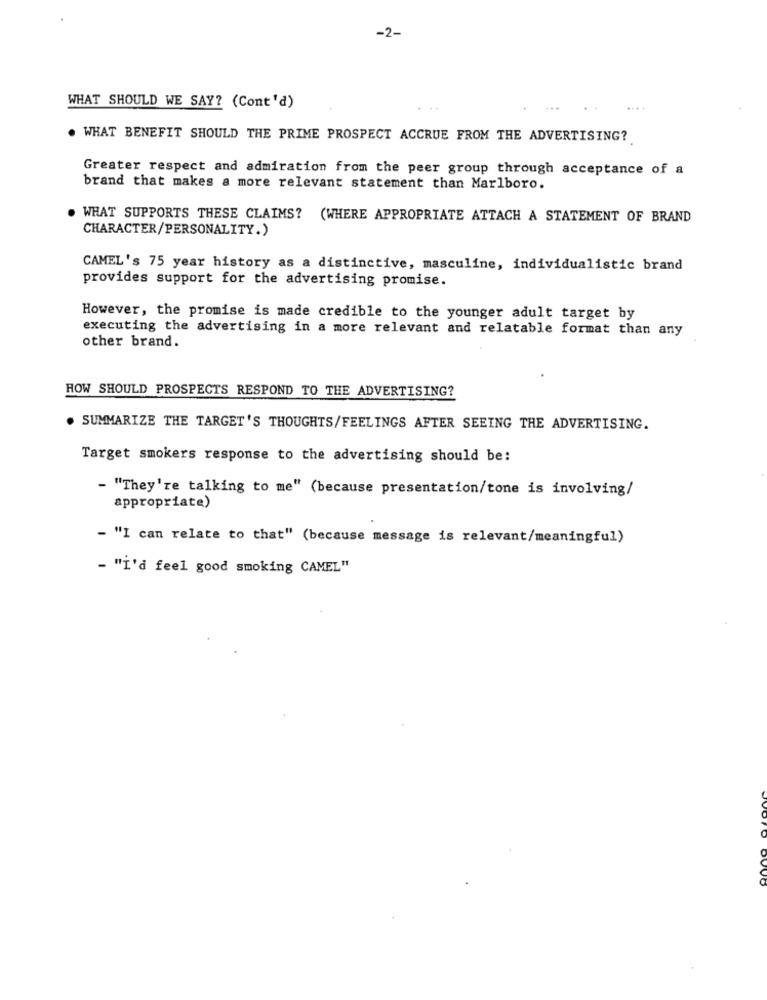
-2-
WHAT SHOULD WE SAY? (Cont'd)
. WHAT BENEFIT SHOULD THE PRIME PROSPECT ACCRUE FROM THE ADVERTISING?
Greater respect and admiration from the peer group through acceptance of a
brand that makes a more relevant statement than Marlboro.
. WHAT SUPPORTS THESE CLAIMS? (WHERE APPROPRIATE ATTACH A STATEMENT OF BRAND
CHARACTER/PERSONALITY.)
CAMEL's 75 year history as a distinctive, masculine, individualistic brand
provides support for the advertising promise.
However, the promise is made credible to the younger adult target by
executing the advertising in a more relevant and relatable format than any
other brand.
HOW SHOULD PROSPECTS RESPOND TO THE ADVERTISING?
. SUMMARIZE THE TARGET'S THOUGHTS/FEELINGS AFTER SEEING THE ADVERTISING.
Target smokers response to the advertising should be:
- "They're talking to me" (because presentation/tone is involving/
appropriate)
- "I can relate to that" (because message is relevant/meaningful)
- "İ'd feel good smoking CAMEL"